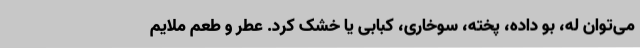
می‌توان له، بو داده، پخته، سوخاری، کبابی یا خشک کرد. عطر و طعم ملایم